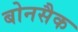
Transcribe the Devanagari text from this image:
बोनसैक